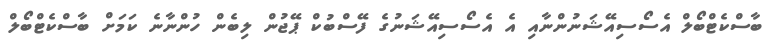
ބާސްކެޓްބޯލް އެސޯސިއޭޝަނުންނާއި އެ އެސޯސިއޭޝަނުގެ ފޭސްބުކް ޕޭޖުން ލިބެން ހުންނާނެ ކަމަށް ބާސްކެޓްބޯލް